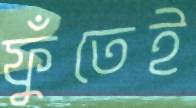
ফুঁতেই